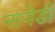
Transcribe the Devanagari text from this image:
नागेडी